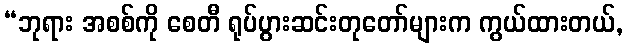
“ဘုရား အစစ်ကို စေတီ ရုပ်ပွားဆင်းတုတော်များက ကွယ်ထားတယ်,